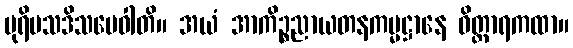
ပုရိမသဒိသမေဝါတိ။ အယံ အာကိဉ္စညာယတနကမ္မဋ္ဌာနေ ဝိတ္ထာရကထာ။